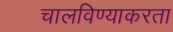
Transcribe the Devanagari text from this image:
चालविण्याकरता